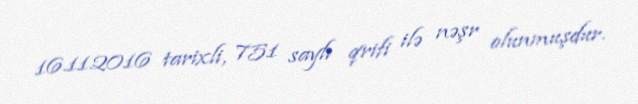
16.11.2016 tarixli, 751 saylı qrifi ilə nəşr olunmuşdur.